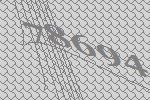
78694